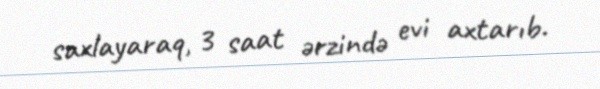
saxlayaraq, 3 saat ərzində evi axtarıb.